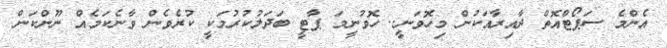
އެންމެ ސަޕޯޓްއޮތް ދާއިރާއަކުން މިހޮވަނީ.. ހޮވުނީމަ ޕާޓީ ބަދަލުކުރުމަކީ ކުރެވެން ވާނެކަމެއް ނޫންކަން